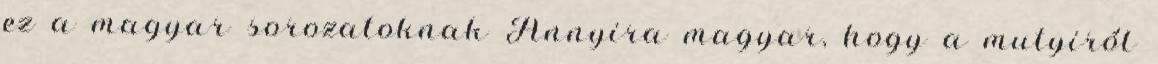
ez a magyar sorozatoknak Annyira magyar, hogy a mutyiról